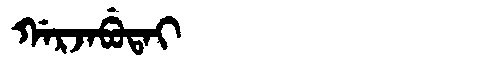
Manchu: ᡤᠠᡵᠵᠠᠪᡠᡨᠠᡳ
Romanization: GARJABUTAI